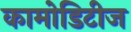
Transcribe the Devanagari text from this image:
कामोडिटीज